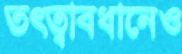
তত্ত্বাবধানেও